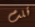
قلت